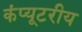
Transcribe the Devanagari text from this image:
कंप्यूटरीय